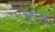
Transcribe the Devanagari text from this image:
चीजे़ं